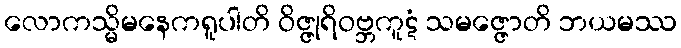
လောကသ္မိမနေကရူပါတိ ဝိဇ္ဇုရိဝဗ္ဘကူဋံ သမဇ္ဇောတိ ဘယမဿ